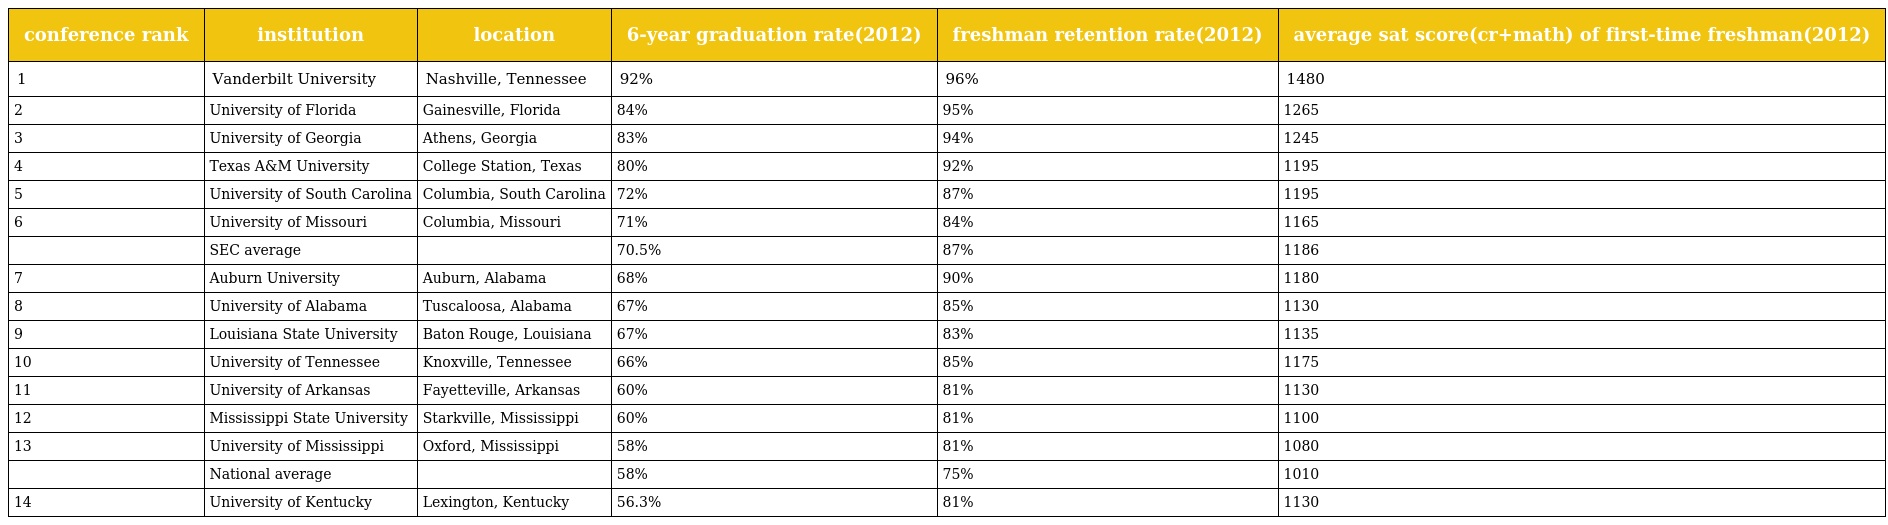
| conference rank | institution | location | 6-year graduation rate(2012) | freshman retention rate(2012) | average sat score(cr+math) of first-time freshman(2012) |
 | --- | --- | --- | --- | --- | --- |
 | 1 | Vanderbilt University | Nashville, Tennessee | 92% | 96% | 1480 |
 | 2 | University of Florida | Gainesville, Florida | 84% | 95% | 1265 |
 | 3 | University of Georgia | Athens, Georgia | 83% | 94% | 1245 |
 | 4 | Texas A&M University | College Station, Texas | 80% | 92% | 1195 |
 | 5 | University of South Carolina | Columbia, South Carolina | 72% | 87% | 1195 |
 | 6 | University of Missouri | Columbia, Missouri | 71% | 84% | 1165 |
 |  | SEC average |  | 70.5% | 87% | 1186 |
 | 7 | Auburn University | Auburn, Alabama | 68% | 90% | 1180 |
 | 8 | University of Alabama | Tuscaloosa, Alabama | 67% | 85% | 1130 |
 | 9 | Louisiana State University | Baton Rouge, Louisiana | 67% | 83% | 1135 |
 | 10 | University of Tennessee | Knoxville, Tennessee | 66% | 85% | 1175 |
 | 11 | University of Arkansas | Fayetteville, Arkansas | 60% | 81% | 1130 |
 | 12 | Mississippi State University | Starkville, Mississippi | 60% | 81% | 1100 |
 | 13 | University of Mississippi | Oxford, Mississippi | 58% | 81% | 1080 |
 |  | National average |  | 58% | 75% | 1010 |
 | 14 | University of Kentucky | Lexington, Kentucky | 56.3% | 81% | 1130 |